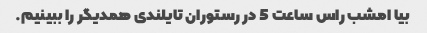
بیا امشب راس ساعت 5 در رستوران تایلندی همدیگر را ببینیم.